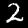
Digit: 2